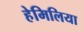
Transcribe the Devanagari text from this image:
हेमिलिया